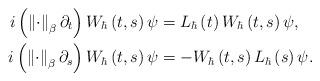
LaTeX: \begin{align*}i\left( \left\Vert \cdot\right\Vert _{\beta}\partial_{t}\right)W_{\hbar}\left( t,s\right) \psi & =L_{\hbar}\left( t\right) W_{\hbar}\left( t,s\right) \psi,\\i\left( \left\Vert \cdot\right\Vert _{\beta}\partial_{s}\right)W_{\hbar}\left( t,s\right) \psi & =-W_{\hbar}\left( t,s\right) L_{\hbar}\left( s\right) \psi. \end{align*}